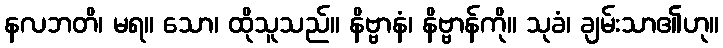
နလဘတိ၊ မရ။ သော၊ ထိုသူသည်။ နိဗ္ဗာနံ၊ နိဗ္ဗာန်ကို။ သုခံ၊ ချမ်းသာ၏ဟု။